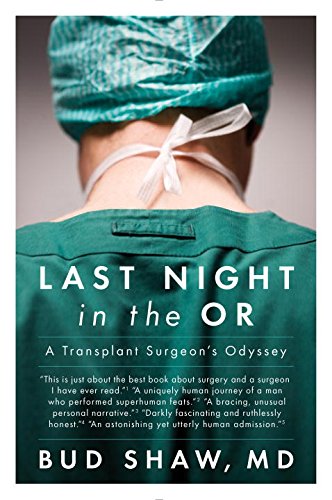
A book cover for Last Night in the OR: A Transplant Surgeon's Odyssey; Bud Shaw; Medical Books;